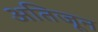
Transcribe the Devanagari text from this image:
अतिजून